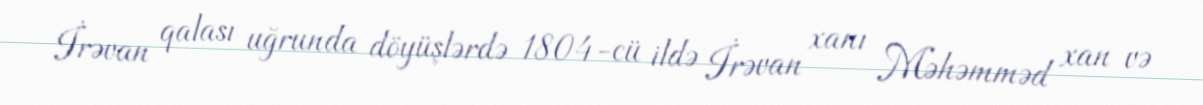
İrəvan qalası uğrunda döyüşlərdə 1804-cü ildə İrəvan xanı Məhəmməd xan və